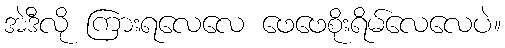
အဲဒီလို ကြားရလေလေ ဖေဖေစိုးရိမ်လေလေပဲ။